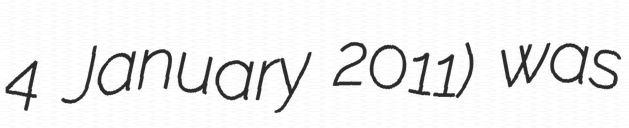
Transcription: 4 January 2011) was